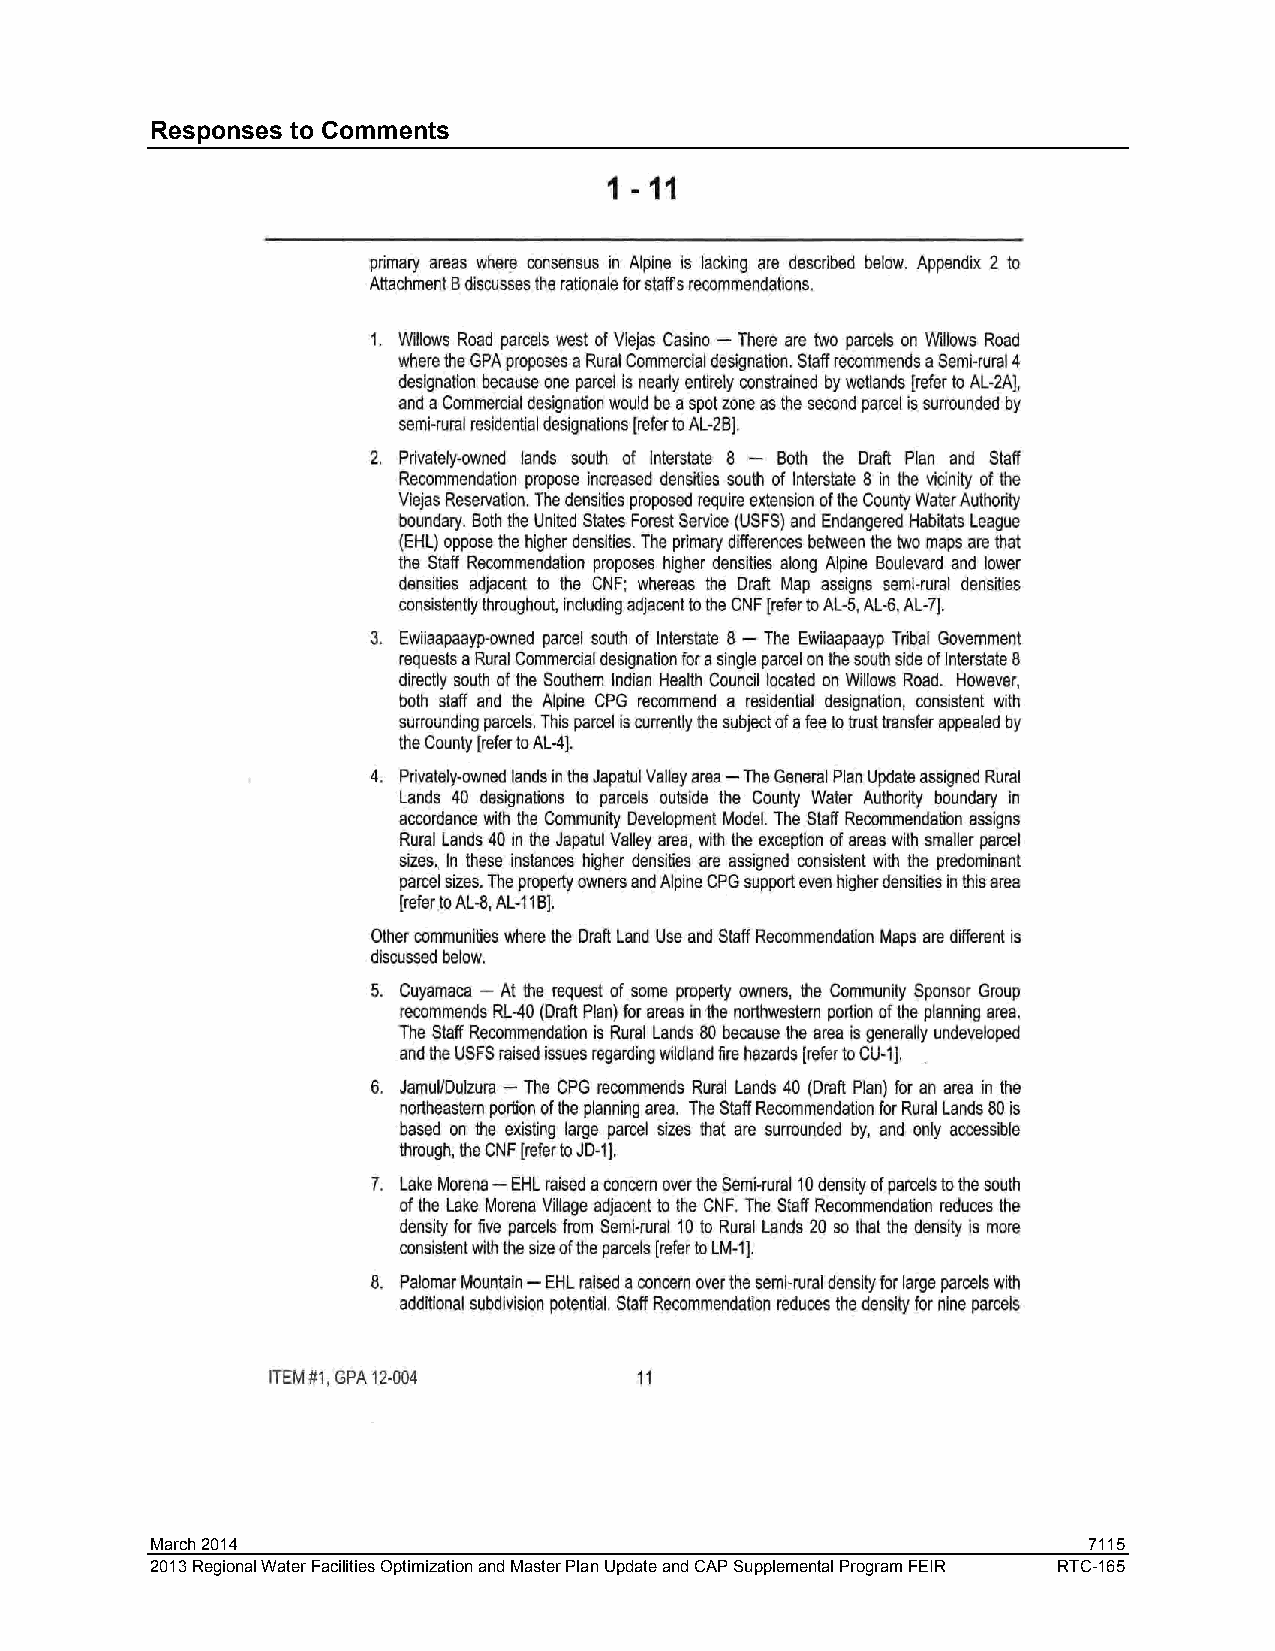
Responses to Comments
 March 2014                                                    7115
 2013 Regional Water Facilities Optimization and Master Plan Update and CAP Supplemental Program FEIR RTC-165